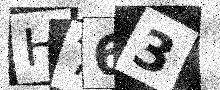
Text: H763